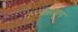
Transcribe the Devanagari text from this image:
पन्‍न्‍नासाहून